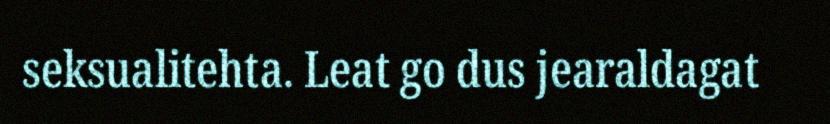
seksualitehta. Leat go dus jearaldagat